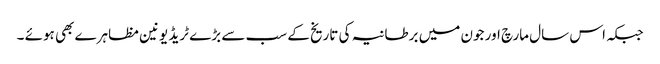
جبکہ اس سال مارچ اور جون میں برطانیہ کی تاریخ کے سب سے بڑے ٹریڈ یونین مظاہرے بھی ہوئے ۔